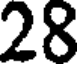
28